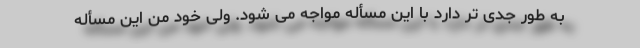
به طور جدی تر دارد با این مسأله مواجه می شود. ولی خود من این مسأله